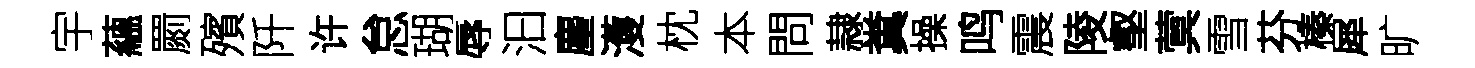
宇蘊罽殯阡许怠瑚辱汩麈濩枕本問隷糞操鸣震陵壑蓂雪芬榛犀旷